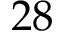
2 8